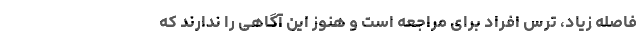
فاصله زیاد، ترس افراد برای مراجعه است و هنوز این آگاهی را ندارند که